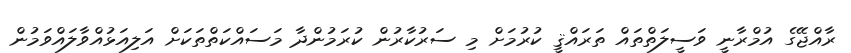
ރާއްޖޭގެ އުމްރާނީ ވަސީލަތްތައް ތަރައްޤީ ކުރުމަށް މި ސަރުކާރުން ކުރަމުންދާ މަސައްކަތްތަކަށް އަލިއަޅުއްވާލައްވަމުން